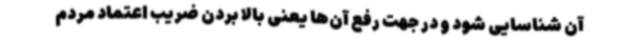
آن شناسایی شود و در جهت رفع آن‌ها یعنی بالا بردن ضریب اعتماد مردم